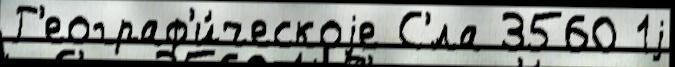
Г'еограф'и́ческоjе С'́ла 3560 1j